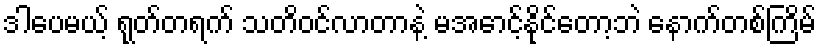
ဒါပေမယ့် ရုတ်တရက် သတိဝင်လာတာနဲ့ မအောင့်နိုင်တော့ဘဲ နောက်တစ်ကြိမ်